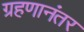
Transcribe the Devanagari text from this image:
ग्रहणानंतर